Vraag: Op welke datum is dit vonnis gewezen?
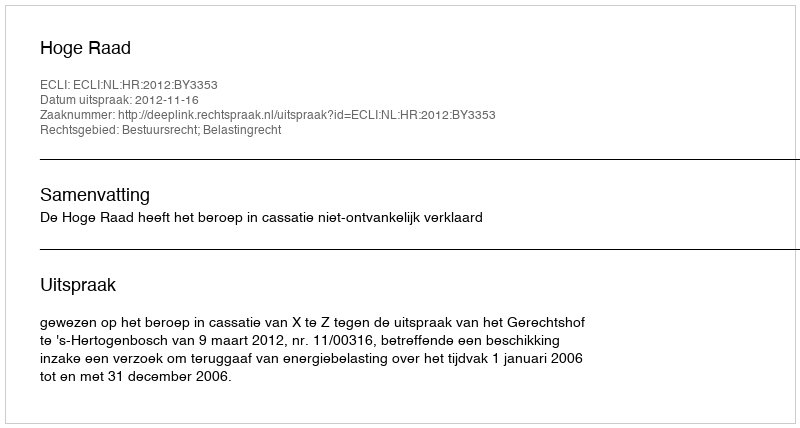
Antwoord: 2012-11-16